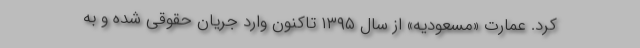
کرد. عمارت «مسعودیه» از سال ۱۳۹۵ تاکنون وارد جریان حقوقی شده و به